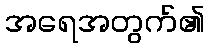
အရေအတွက်၏